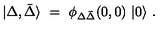
\vert \Delta , \bar { \Delta } \rangle \ = \ \phi _ { \Delta \bar { \Delta } } ( 0 , 0 ) \ \vert 0 \rangle \ .